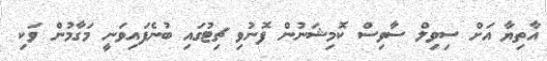
އާތިޔާ އަށް ސިިވިލް ސާވިސް ކޮމިޝަނުން ފޮނުވި ޗިޓުގައި ބުނެފައިވަނީ މަގާމުން ވަކި